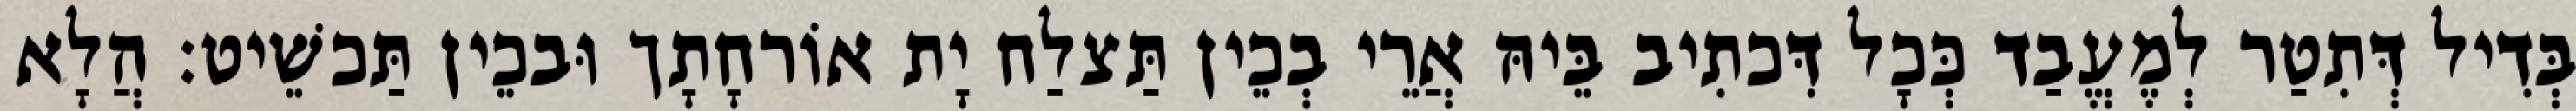
בְּדִיל דְּתִטַר לְמֶעֱבַד כְּכָל דִּכתִיב בֵּיהּ אֲרֵי בְכֵין תַּצלַח יָת אוֹרחָתָך וּבכֵין תַּכשֵׁיט׃ הֲלָא